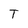
Character: T